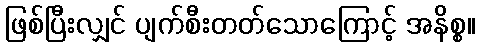
ဖြစ်ပြီးလျှင် ပျက်စီးတတ်သောကြောင့် အနိစ္စ။